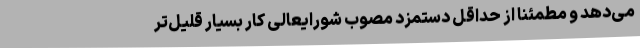
می‌دهد و مطمئناً از حداقل دستمزد مصوب شورایعالی کار بسیار قلیل‌تر